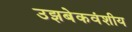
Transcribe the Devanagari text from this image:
उझबेकवंशीय